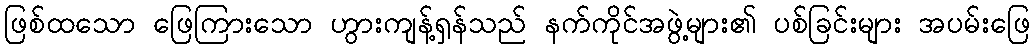
ဖြစ်ထသော ဖြေကြားသော ဟွားကျန့်ရှန်သည် နက်ကိုင်အဖွဲ့များ၏ ပစ်ခြင်းများ အပမ်းဖြေ